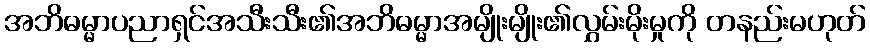
အဘိဓမ္မာပညာရှင်အသီးသီး၏အဘိဓမ္မာအမျိုးမျိုး၏လွှမ်းမိုးမှုကို တနည်းမဟုတ်